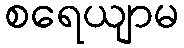
စရေယျာမ